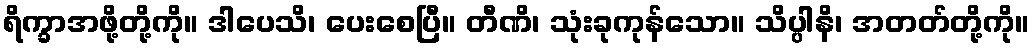
ရိက္ခာအဖို့တို့ကို။ ဒါပေသိ၊ ပေးစေပြီ။ တီဏိ၊ သုံးခုကုန်သော။ သိပ္ပါနိ၊ အတတ်တို့ကို။